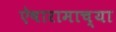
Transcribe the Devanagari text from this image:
ऐषारामाच्या